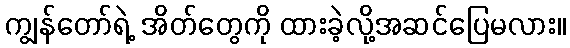
ကျွန်တော်ရဲ့ အိတ်တွေကို ထားခဲ့လို့အဆင်ပြေမလား။